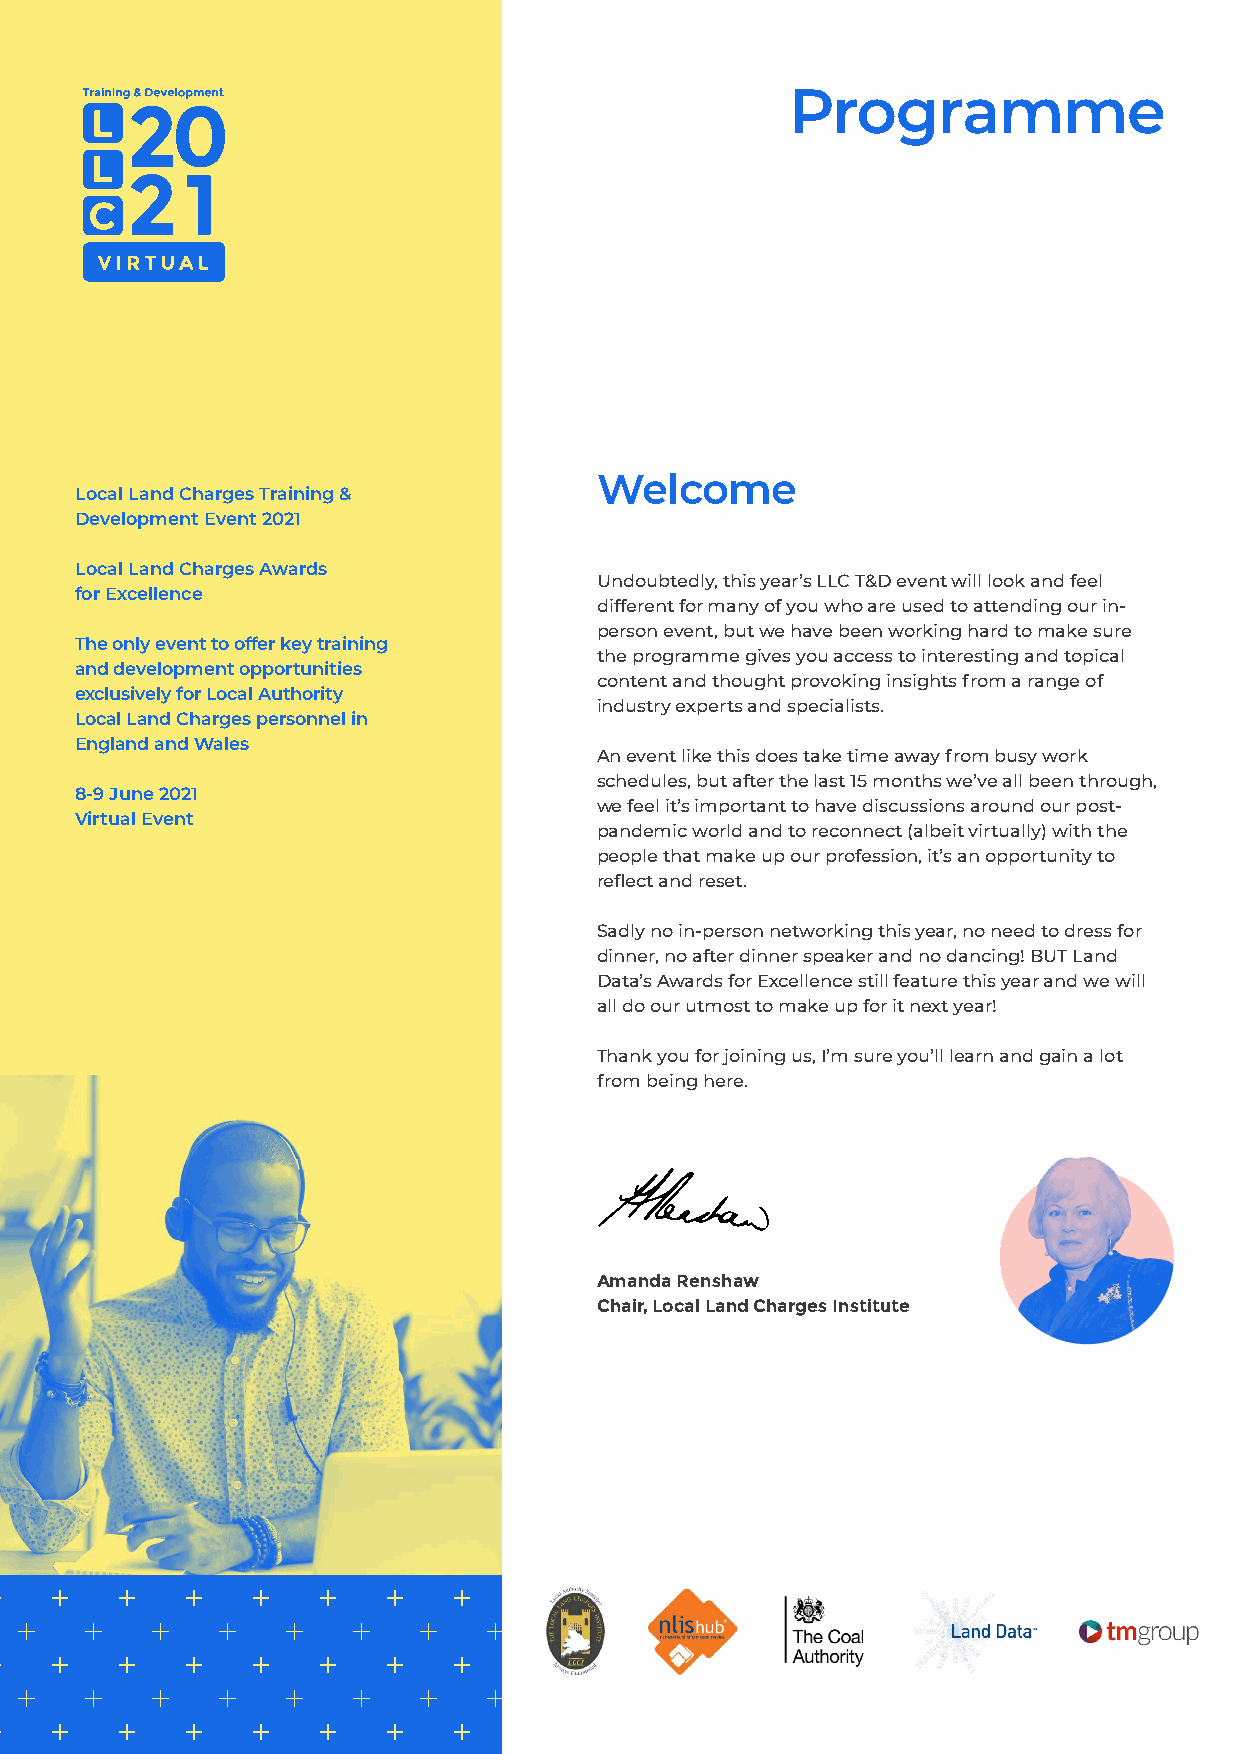
Programme
 Welcome
 Local Land Charges Training &
 Development Event 2021
 Local Land Charges Awards
 Undoubtedly, this year’s LLC T&D event will look and feel
 for Excellence
 different for many of you who are used to attending our in-
 person event, but we have been working hard to make sure
 The only event to offer key training
 the programme gives you access to interesting and topical
 and development opportunities
 content and thought provoking insights from a range of
 exclusively for Local Authority
 industry experts and specialists.
 Local Land Charges personnel in
 England and Wales
 An event like this does take time away from busy work
 schedules, but after the last 15 months we’ve all been through,
 8-9 June 2021
 we feel it’s important to have discussions around our post-
 Virtual Event
 pandemic world and to reconnect (albeit virtually) with the
 people that make up our profession, it’s an opportunity to
 reflect and reset.
 Sadly no in-person networking this year, no need to dress for
 dinner, no after dinner speaker and no dancing! BUT Land
 Data’s Awards for Excellence still feature this year and we will
 all do our utmost to make up for it next year!
 Thank you for joining us, I’m sure you’ll learn and gain a lot
 from being here.
 Amanda Renshaw
 Chair, Local Land Charges Institute